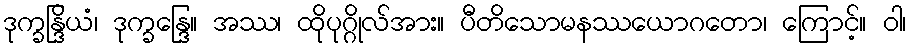
ဒုက္ခန္ဒြိယံ၊ ဒုက္ခန္ဒြေ။ အဿ၊ ထိုပုဂ္ဂိုလ်အား။ ပီတိသောမနဿယောဂတော၊ ကြောင့်။ ဝါ၊